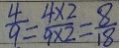
\frac { 4 } { 9 } = \frac { 4 \times 2 } { 9 \times 2 } = \frac { 8 } { 1 8 }